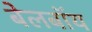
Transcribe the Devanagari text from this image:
बेलबॉय